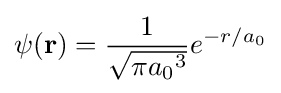
\psi (\mathbf {r} )={\frac {1}{\sqrt {\pi {a_{0}}^{3}}}}e^{-r/a_{0}}